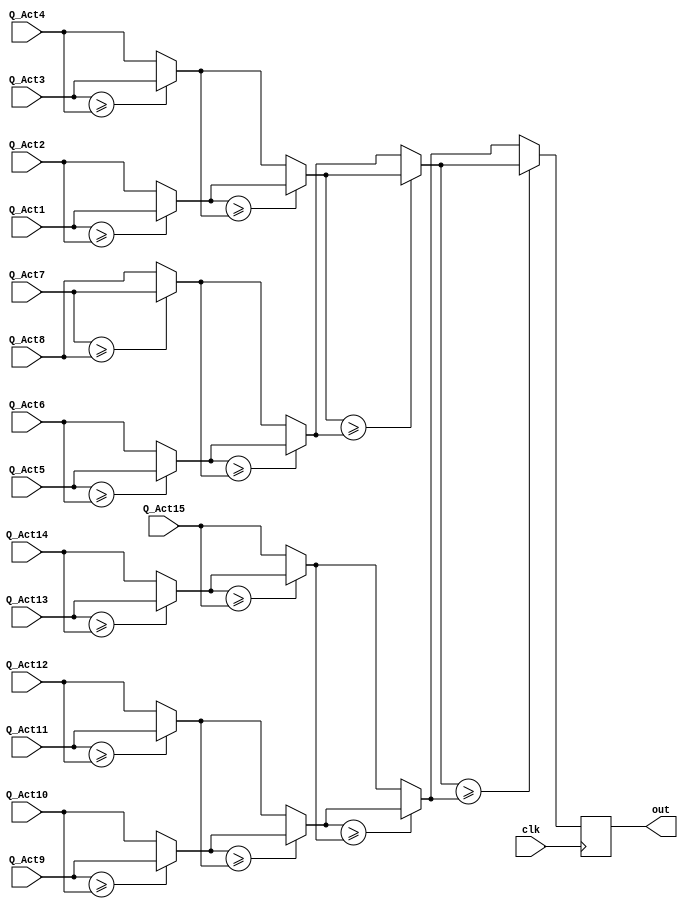
//Model 1 register di akhir

module Max_Block (
	input [15:0] Q_Act1, 
        input [15:0] Q_Act2,
	input [15:0] Q_Act3, 
        input [15:0] Q_Act4, 
	input [15:0] Q_Act5, 
        input [15:0] Q_Act6, 
	input [15:0] Q_Act7, 
        input [15:0] Q_Act8,
	input [15:0] Q_Act9,
	input [15:0] Q_Act10, 
	input [15:0] Q_Act11,
  	input [15:0] Q_Act12, 
	input [15:0] Q_Act13,
	input [15:0] Q_Act14, 
	input [15:0] Q_Act15,
	input clk,
        output reg [15:0] out);

  wire [15:0] a;
  wire [15:0] b;
  wire [15:0] c;
  wire [15:0] d;
  wire [15:0] e;
  wire [15:0] f;
  wire [15:0] g;

  wire [15:0] h;
  wire [15:0] i;
  wire [15:0] j;
  wire [15:0] k;

  wire [15:0] l;
  wire [15:0] m;

  wire [15:0] RegOut;
 
  
  assign a = (Q_Act1>=Q_Act2)? Q_Act1 : Q_Act2;
  assign b = (Q_Act3>=Q_Act4)? Q_Act3 : Q_Act4;
  assign c = (Q_Act5>=Q_Act6)? Q_Act5 : Q_Act6;
  assign d = (Q_Act7>=Q_Act8)? Q_Act7 : Q_Act8;
  assign e = (Q_Act9>=Q_Act10)? Q_Act9 : Q_Act10;
  assign f = (Q_Act11>=Q_Act12)? Q_Act11 : Q_Act12;
  assign g = (Q_Act13>=Q_Act14)? Q_Act13 : Q_Act14;

  assign h = (a>=b)? a : b;
  assign i = (c>=d)? c : d;
  assign j = (e>=f)? e : f;
  assign k = (g>=Q_Act15)? g : Q_Act15;

  assign l = (h>=i)? h : i;
  assign m = (j>=k)? j : k;	

  assign RegOut = (l>=m)? l : m;

  always@(posedge clk) begin
  	out=RegOut;
  end

endmodule

/*
//Model Register di tiap level

module Max_Block (
	input [15:0] Q_Act1, 
        input [15:0] Q_Act2,
	input [15:0] Q_Act3, 
        input [15:0] Q_Act4, 
	input [15:0] Q_Act5, 
        input [15:0] Q_Act6, 
	input [15:0] Q_Act7, 
        input [15:0] Q_Act8,
	input [15:0] Q_Act9,
	input [15:0] Q_Act10, 
	input [15:0] Q_Act11,
  	input [15:0] Q_Act12, 
	input [15:0] Q_Act13,
	input [15:0] Q_Act14, 
	input [15:0] Q_Act15,
	input clk,
        output reg [15:0] out);

  wire [15:0] a;
  wire [15:0] b;
  wire [15:0] c;
  wire [15:0] d;
  wire [15:0] e;
  wire [15:0] f;
  wire [15:0] g;

  wire [15:0] h;
  wire [15:0] i;
  wire [15:0] j;
  wire [15:0] k;

  wire [15:0] l;
  wire [15:0] m;

  wire [15:0] RegOut;

  reg [15:0] Rega;
  reg [15:0] Regb;
  reg [15:0] Regc;
  reg [15:0] Regd;
  reg [15:0] Rege;
  reg [15:0] Regf;
  reg [15:0] Regg;
  reg [15:0] Regh;
  reg [15:0] Regi;
  reg [15:0] Regj;
  reg [15:0] Regk;
  reg [15:0] Regl;
  reg [15:0] Regm;
 
  
  assign a = (Q_Act1>=Q_Act2)? Q_Act1 : Q_Act2;
  assign b = (Q_Act3>=Q_Act4)? Q_Act3 : Q_Act4;
  assign c = (Q_Act5>=Q_Act6)? Q_Act5 : Q_Act6;
  assign d = (Q_Act7>=Q_Act8)? Q_Act7 : Q_Act8;
  assign e = (Q_Act9>=Q_Act10)? Q_Act9 : Q_Act10;
  assign f = (Q_Act11>=Q_Act12)? Q_Act11 : Q_Act12;
  assign g = (Q_Act13>=Q_Act14)? Q_Act13 : Q_Act14;

  assign h = (Rega>=Regb)? Rega : Regb;
  assign i = (Regc>=Regd)? Regc : Regd;
  assign j = (Rege>=Regf)? Rege : Regf;
  assign k = (Regg>=Q_Act15)? Regg : Q_Act15;

  assign l = (Regh>=Regi)? Regh : Regi;
  assign m = (Regj>=Regk)? Regj : Regk;	

  assign RegOut = (Regl>=Regm)? Regl : Regm;

  always@(posedge clk) begin
	Rega=a;
	Regb=b;
	Regc=c;
	Regd=d;
	Rege=e;
	Regf=f;
	Regg=g;
	Regh=h;
	Regi=i;
	Regj=j;
	Regk=k;
	Regl=l;
	Regm=m;
  	out=RegOut;
  end

endmodule
*/